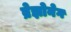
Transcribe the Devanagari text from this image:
ब्रेझोनेग